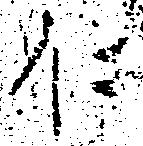
に